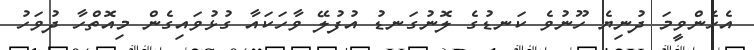
އެހެންވީމަ ދުނިޔެ ހޫނުވެ ކަނޑުގެ ލޮނުގަނޑު އުފުލޭ ވާހަކައާ ގުޅުވައިގެން މިއޮތްހާ ދުވަހު